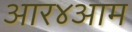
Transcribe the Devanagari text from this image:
आर४आम